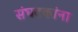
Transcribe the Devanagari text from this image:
संघटकांना